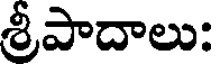
శ్రీపాదాలు: